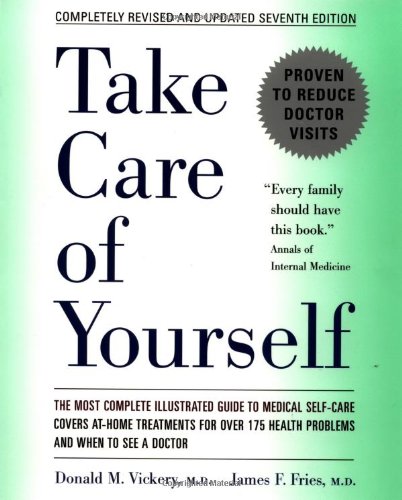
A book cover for Take Care of Yourself: The Complete Illustrated Guide to Medical Self-Care; Donald M. Vickery; Health, Fitness & Dieting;